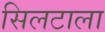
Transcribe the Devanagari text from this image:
सिलटाला